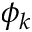
\phi _ { k }